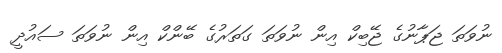
ނުވަތަ ޖަޕާނުގެ ޖޭބިކް އިން ނުވަތަ ގަތަރުގެ ބޭންކް އިން ނުވަތަ ސައުދީ